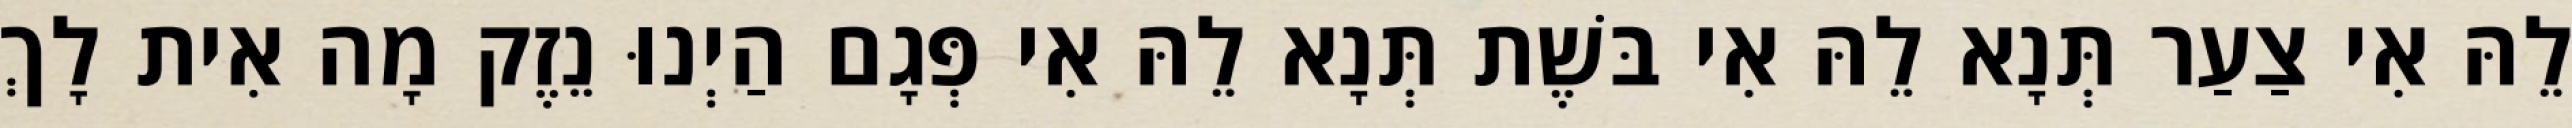
לֵהּ אִי צַעַר תְּנָא לֵהּ אִי בּשֶׁת תְּנָא לֵהּ אִי פְּגָם הַיְנוּ נֵזֶק מָה אִית לָךְ